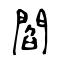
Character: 閻